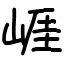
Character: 崕